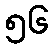
၅၆